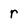
Character: r